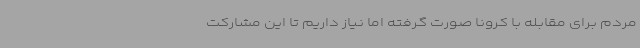
مردم برای مقابله با کرونا صورت گرفته اما نیاز داریم تا این مشارکت